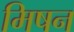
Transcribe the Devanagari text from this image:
मिषन